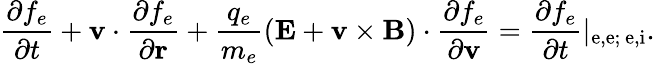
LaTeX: \frac{\partial f_{e}}{\partial t}+\textbf{v}\cdot\frac{\partial f_{e}}{\partial\textbf{r}}+\frac{q_{e}}{m_{e}}(\textbf{E}+{\textbf{v}\times\textbf{B}})\cdot\frac{\partial f_{e}}{\partial\textbf{v}}=\frac{\partial f_{e}}{\partial t}|_{\mathrm{e,e;~e,i}}.